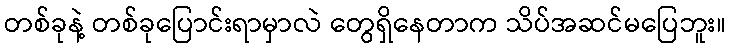
တစ်ခုနဲ့ တစ်ခုပြောင်းရာမှာလဲ တွေရှိနေတာက သိပ်အဆင်မပြေဘူး။